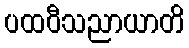
ပထဝီသညာယာတိ